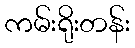
ကမ်းရိုးတန်း